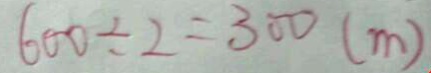
6 0 0 \div 2 = 3 0 0 ( m )